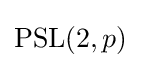
\operatorname {PSL} (2,p)